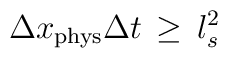
\Delta x_{\rm phys} \Delta t \, \geq \, l_s^2